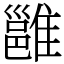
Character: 雝